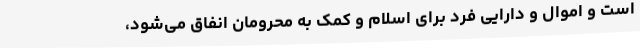
است و اموال و دارایی فرد برای اسلام و کمک به محرومان انفاق می‌شود،